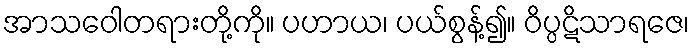
အာသဝေါတရားတို့ကို။ ပဟာယ၊ ပယ်စွန့်၍။ ဝိပ္ပဋိသာရဇေ၊